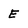
Character: E